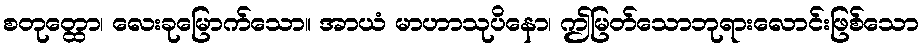
စတုတ္ထော၊ လေးခုမြောက်သော။ အာယံ မာဟာသုပိနော၊ ဤမြတ်သောဘုရားလောင်းဖြစ်သော